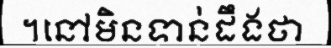
។នៅមិនទាន់ដឹងថា